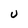
Character: U